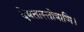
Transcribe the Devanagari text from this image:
देवतास्तोत्राणि।